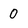
Character: 0